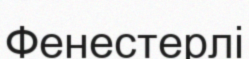
Фенестерлі